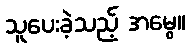
သူပေးခဲ့သည့် အမွေ။